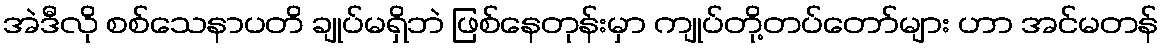
အဲဒီလို စစ်သေနာပတိ ချုပ်မရှိဘဲ ဖြစ်နေတုန်းမှာ ကျုပ်တို့တပ်တော်များ ဟာ အင်မတန်